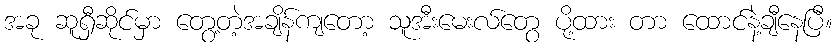
အခု ဆူရှီဆိုင်မှာ တွေ့တဲ့အချိန်ကျတော့ သူအီးမေးလ်တွေ ပို့ထား တာ ထောင်နဲ့ချီနေပြီ။